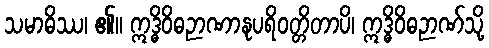
သမာဓိဿ၊ ၏။ ဣဒ္ဓိဝိဓဉာဏာနုပရိဝတ္တိတာပိ၊ ဣဒ္ဓိဝိဓဉာဏ်သို့